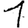
Digit: 1